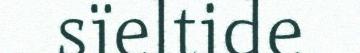
sïeltide